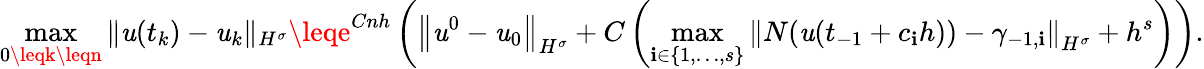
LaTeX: \operatorname*{max}_{0\leqk\leqn}\| \mathit{u}(t_{k})-\mathit{u}_{k}\| _{H^{\sigma}}\leqe^{Cnh}\left(\left\| \mathit{u}^{0}-\mathit{u}_{0}\right\| _{H^{\sigma}}+C\left(\operatorname*{max}_{\mathbf{i}\in\{ 1,\dots,s\} }\left\| N(\mathit{u}(t_{-1}+c_{\mathbf{i}}h))-\gamma_{-1,\mathbf{i}}\right\| _{H^{\sigma}}+h^{s}\right)\right).